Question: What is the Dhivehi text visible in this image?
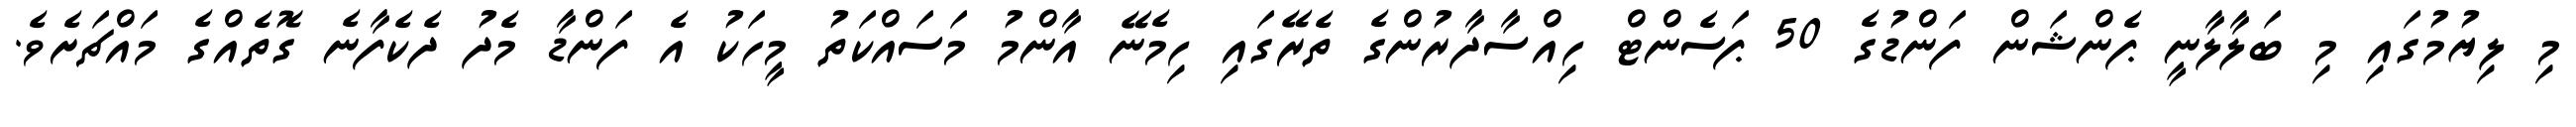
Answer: މި ލިޔުމުގައި މި ބަލާލާނީ ޕެންޝަން ފަންޑުގެ 50 ޕަސެންޓް ހިއްސާދާރުންގެ ތެރޭގައި ހިމެނޭ އާންމު މަސައްކަތު މީހަކު އެ ފަންޑާ މެދު ދެކެފާނެ ގޮތެއްގެ މައްޗަށެވެ.